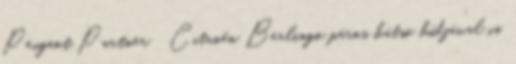
Peugeot Partner Citroën Berlingo páros hátsó hídjával is,